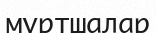
мұртшалар